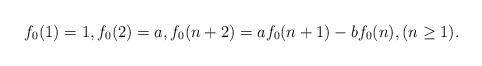
LaTeX: \begin{align*}f_0(1)=1,f_0(2)=a, f_0(n+2)=af_0(n+1)-bf_0(n),(n\geq 1).\end{align*}